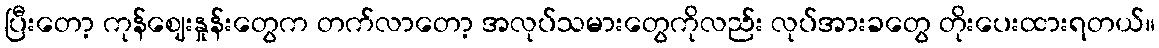
ပြီးတော့ ကုန်ဈေးနှုန်းတွေက တက်လာတော့ အလုပ်သမားတွေကိုလည်း လုပ်အားခတွေ တိုးပေးထားရတယ်။